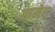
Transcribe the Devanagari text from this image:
ग्रामेर